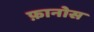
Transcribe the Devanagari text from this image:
फ़ानोस